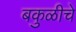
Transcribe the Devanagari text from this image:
बकुळीचे